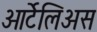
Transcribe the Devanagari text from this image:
ओर्टेलिअस